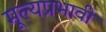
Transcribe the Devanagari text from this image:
मूल्यप्रभावी